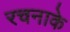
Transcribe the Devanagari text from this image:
रचनाके